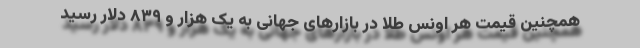
همچنین قیمت هر اونس طلا در بازار‌های جهانی به یک هزار و ۸۳۹ دلار رسید